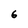
Character: 6